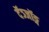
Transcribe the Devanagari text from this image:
दॅञ्जॉङ्ग